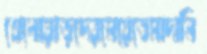
খেলোয়াড়দেরমেয়েতেমাদানি